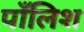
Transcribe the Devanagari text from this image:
पाँलिश